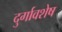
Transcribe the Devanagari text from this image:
दुर्गावशेष